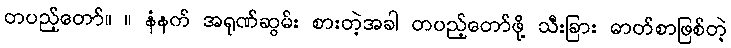
တပည့်တော်။ ။ နံနက် အရုဏ်ဆွမ်း စားတဲ့အခါ တပည့်တော်ဖို့ သီးခြား ဓာတ်စာဖြစ်တဲ့